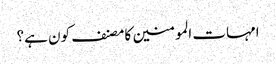
امہات المومنین کا مصنف کون ہے؟